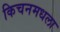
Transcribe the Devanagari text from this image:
किचनमधला